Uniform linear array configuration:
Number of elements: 12
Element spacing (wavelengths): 0.25
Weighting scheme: kaiser
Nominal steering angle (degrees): -15
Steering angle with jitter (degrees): -16.554
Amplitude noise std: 0.05
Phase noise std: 0.05

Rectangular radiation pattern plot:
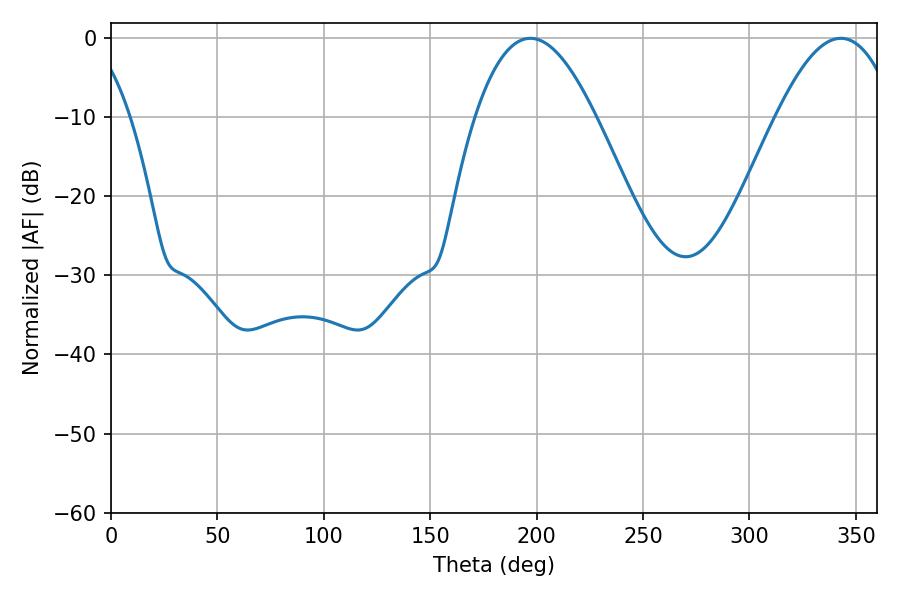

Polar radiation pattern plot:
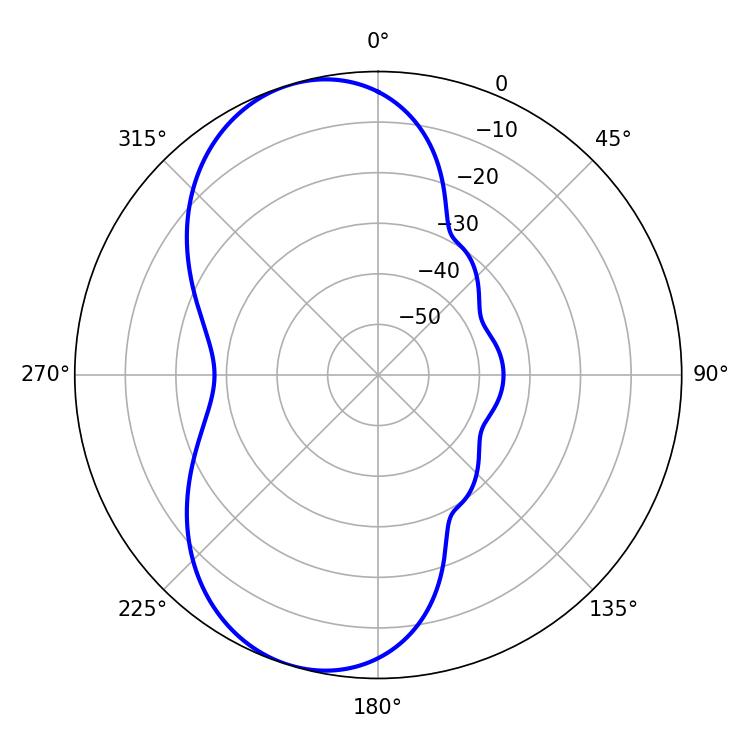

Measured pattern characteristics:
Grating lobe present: FALSE
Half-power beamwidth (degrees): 30.78
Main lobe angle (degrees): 197.1